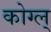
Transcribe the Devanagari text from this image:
कोग्ल्